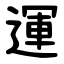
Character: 運